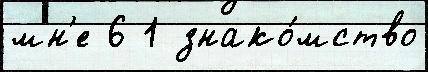
мн'е 6 1 знако́мство